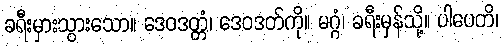
ခရီးမှားသွားသော။ ဒေဝဒတ္တံ၊ ဒေဝဒတ်ကို။ မဂ္ဂံ၊ ခရီးမှန်သို့။ ပါပေတိ၊